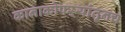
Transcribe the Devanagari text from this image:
कानाकोपऱ्यांतूनच